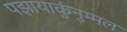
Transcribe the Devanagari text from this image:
पझायाकुंनुम्मल